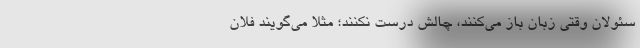
سئولان وقتی زبان باز می‌کنند، چالش درست نکنند؛ مثلاً می‌گویند فلان